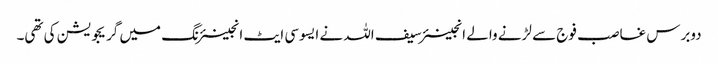
دوبرس غاصب فوج سے لڑنے والے انجینئر سیف اللہ نے ایسوسی ایٹ انجینئرنگ میں گریجویشن کی تھی۔